Annual report of lunatic asylums [Bombay] - 1912-1922
Year: 1912
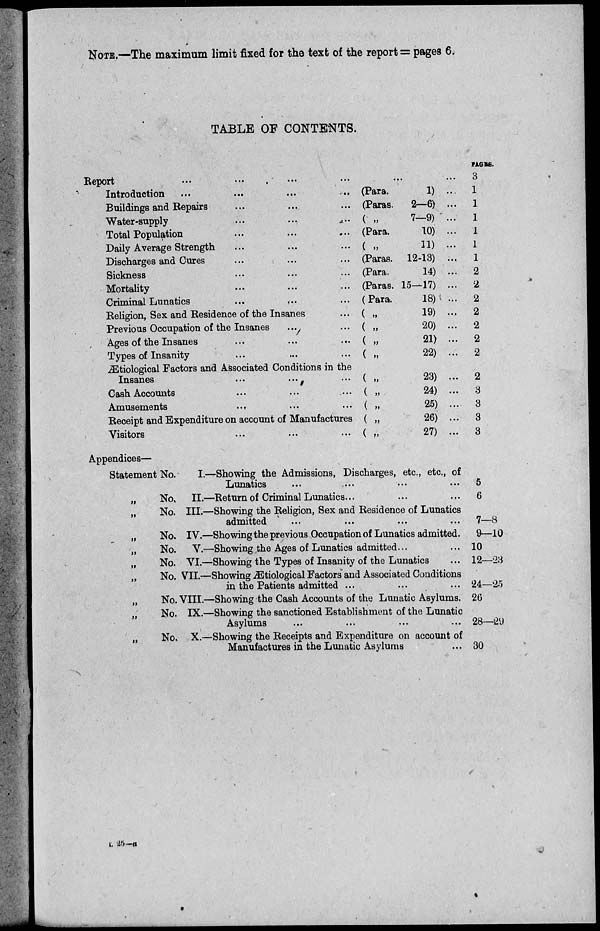
NOTE.—The maximum limit fixed for the text of the report = pages 6.
TABLE OF CONTENTS.
Report
...
...
...
...
...
...
Introduction ... ... ... ...
Buildings and Repairs ... ... ...
Water-supply ... ... ...
Total Population ... ... ...
Daily Average Strength ... ... ...
Discharges and Cures ... ... ...
Sickness ... ... ...
Mortality ... ... ...
Criminal Lunatics
...
...
...
Religion, Sex and Residence of the Insanes ...
Previous Occupation of the Insanes ... ...
Ages of the Insanes ... ... ...
Types of Insanity ... ... ...
Ætiological Factors and Associated Conditions in the
Insanes ... ... ...
Cash Accounts ... ... ...
Amusements ... ... ...
Receipt and Expenditure on account of Manufactures
Visitors ... ... ...
(Para.
1) ..
(Paras.
2—6) ...
( „
7—9) ...
(Para.
10) ...
( „
11)
...
(Paras. 12-13) ...
(Para.
14) ...
(Paras. 15—17) ...
(Para.
18) ...
( „
19) ...
( „
20) ...
( „
21) ...
( „
22) ...
( „
23) ...
( „
24) ...
( „
25) ...
( „
26) ...
( „
27) ...
PAGES.
3
1
1
1
1
1
1
2
2
2
2
2
2
2
2
3
3
3
3
Appendices—
Statement No.
I.—Showing the Admissions, Discharges, etc., etc., of
Lunatics ... ... ... ...
„
No.
II.—Return of Criminal Lunatics ... ... ...
„
No. III.—Showing the Religion, Sex and Residence of Lunatics
admitted ... ... ... ...
„
No. IV.—Showing the previous Occupation of Lunatics admitted.
„
No. V.—Showing the Ages of Lunatics admitted ...
„
No. VI.—Showing the Types of Insanity of the Lunatics ...
„ No. VII.—Showing Ætiological Factors and Associated Conditions
in the Patients admitted ... ... ...
„
No. VIII.—Showing the Cash Accounts of the Lunatic Asylums.
„
No. IX.—Showing the sanctioned Establishment of the Lunatic
Asylums ... ... ... ...
„
No.
X.—Showing the Receipts and Expenditure on account of
Manufactures in the Lunatic Asylums ...
5
6
7—8
9—10
10
12—23
24—25
26
28—29
30
L 25-a